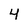
Character: 4